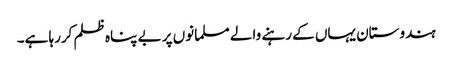
ہندوستان یہاں کے رہنے والے مسلمانوں پر بے پناہ ظلم کررہا ہے۔